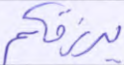
يرزقكم